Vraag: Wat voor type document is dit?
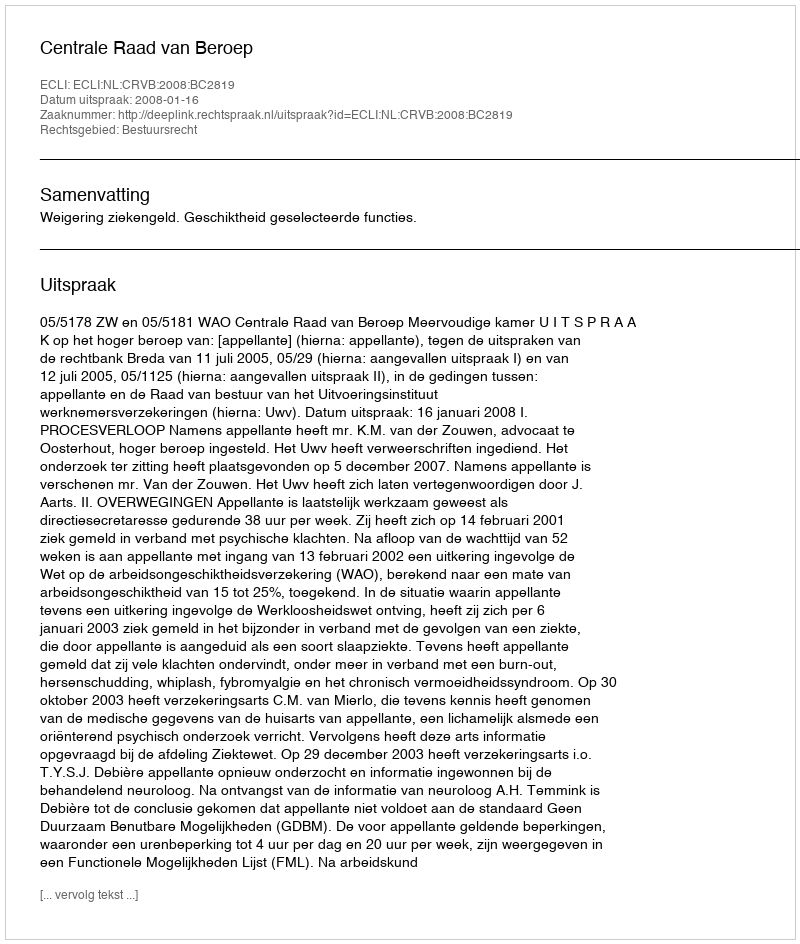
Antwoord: Uitspraak